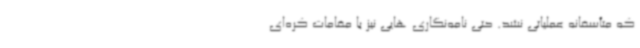
که متأسفانه عملیاتی نشد. حتی نامه‌نگاری هایی نیز با مقامات کره‌ای